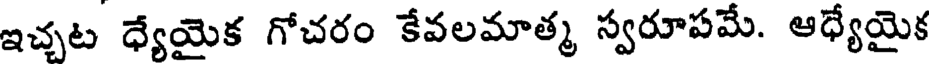
ఇచ్చట ధ్యేయైక గోచరం కేవలమాత్మ స్వరూపమే. ఆధ్యేయైక